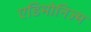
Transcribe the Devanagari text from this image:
एडिमोनिज्म